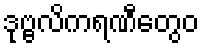
ဒုဗ္ဗလိကရဏီတွေဝ